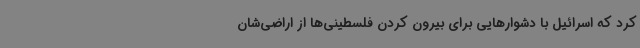
کرد که اسرائیل با دشوارهایی برای بیرون کردن فلسطینی‌ها از اراضی‌شان